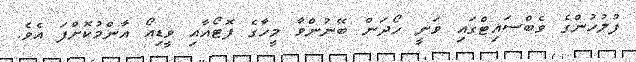
ފުލުހުންގެ ވެބްސައިޓްގައި ވަނީ ހޯދަން ބޭނުންވާ މީހާގެ ފޮޓޯއާއި ވީޑިއޯ އާންމުކޮށްފަ އެވެ.